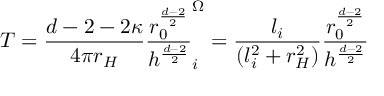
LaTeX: T = \frac { d - 2 - 2 \kappa } { 4 \pi r _ { H } } \frac { r _ { 0 } ^ { \frac { d - 2 } { 2 } } } { h ^ { \frac { d - 2 } { 2 } } } \sp \Omega _ { i } = \frac { l _ { i } } { ( l _ { i } ^ { 2 } + r _ { H } ^ { 2 } ) } \frac { r _ { 0 } ^ { \frac { d - 2 } { 2 } } } { h ^ { \frac { d - 2 } { 2 } } }